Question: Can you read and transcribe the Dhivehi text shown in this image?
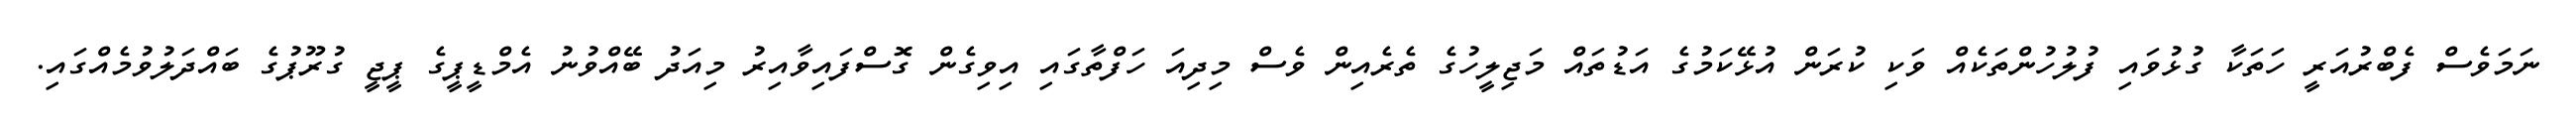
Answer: ނަމަވެސް ފެބްރުއަރީ ހަތަކާ ގުޅުވައި ފުލުހުންތަކެއް ވަކި ކުރަން އުޅޭކަމުގެ އަޑުތައް މަޖިލީހުގެ ތެރެއިން ވެސް މިދިއަ ހަފްތާގައި އިވިގެން ގޮސްފައިވާއިރު މިއަދު ބޭއްވުނު އެމްޑީޕީގެ ޕީޖީ ގުރޫޕުގެ ބައްދަލުވުމެއްގައި.